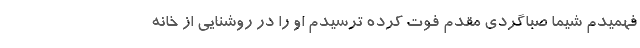
فهمیدم شیما صباگردی مقدم فوت کرده ترسیدم او را در روشنایی از خانه